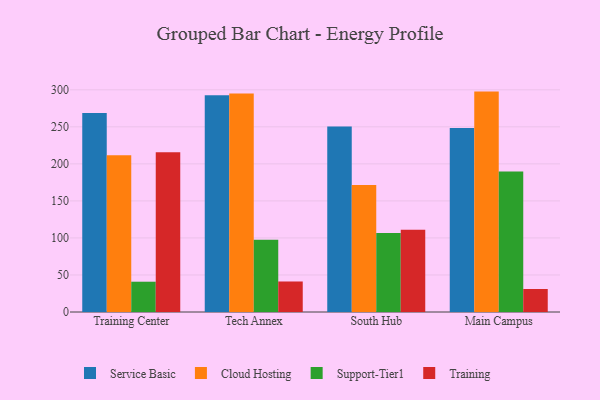
{"axis": {"x": "Campus", "y": "Net Income (USD K)"}, "legend": ["Cloud Hosting", "Service Basic", "Support-Tier1", "Training"], "data": [{"x": "Training Center", "y": 268.7, "type": "Service Basic"}, {"x": "Training Center", "y": 211.8, "type": "Cloud Hosting"}, {"x": "Training Center", "y": 40.9, "type": "Support-Tier1"}, {"x": "Training Center", "y": 215.7, "type": "Training"}, {"x": "Tech Annex", "y": 292.7, "type": "Service Basic"}, {"x": "Tech Annex", "y": 295.1, "type": "Cloud Hosting"}, {"x": "Tech Annex", "y": 97.6, "type": "Support-Tier1"}, {"x": "Tech Annex", "y": 41.2, "type": "Training"}, {"x": "South Hub", "y": 250.5, "type": "Service Basic"}, {"x": "South Hub", "y": 171.5, "type": "Cloud Hosting"}, {"x": "South Hub", "y": 106.6, "type": "Support-Tier1"}, {"x": "South Hub", "y": 111.0, "type": "Training"}, {"x": "Main Campus", "y": 248.5, "type": "Service Basic"}, {"x": "Main Campus", "y": 297.6, "type": "Cloud Hosting"}, {"x": "Main Campus", "y": 189.8, "type": "Support-Tier1"}, {"x": "Main Campus", "y": 31.1, "type": "Training"}]}